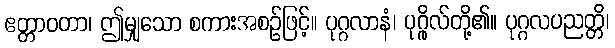
ဧတ္တာဝတာ၊ ဤမျှသော စကားအစဉ်ဖြင့်။ ပုဂ္ဂလာနံ၊ ပုဂ္ဂိုလ်တို့၏။ ပုဂ္ဂလပညတ္တိ၊